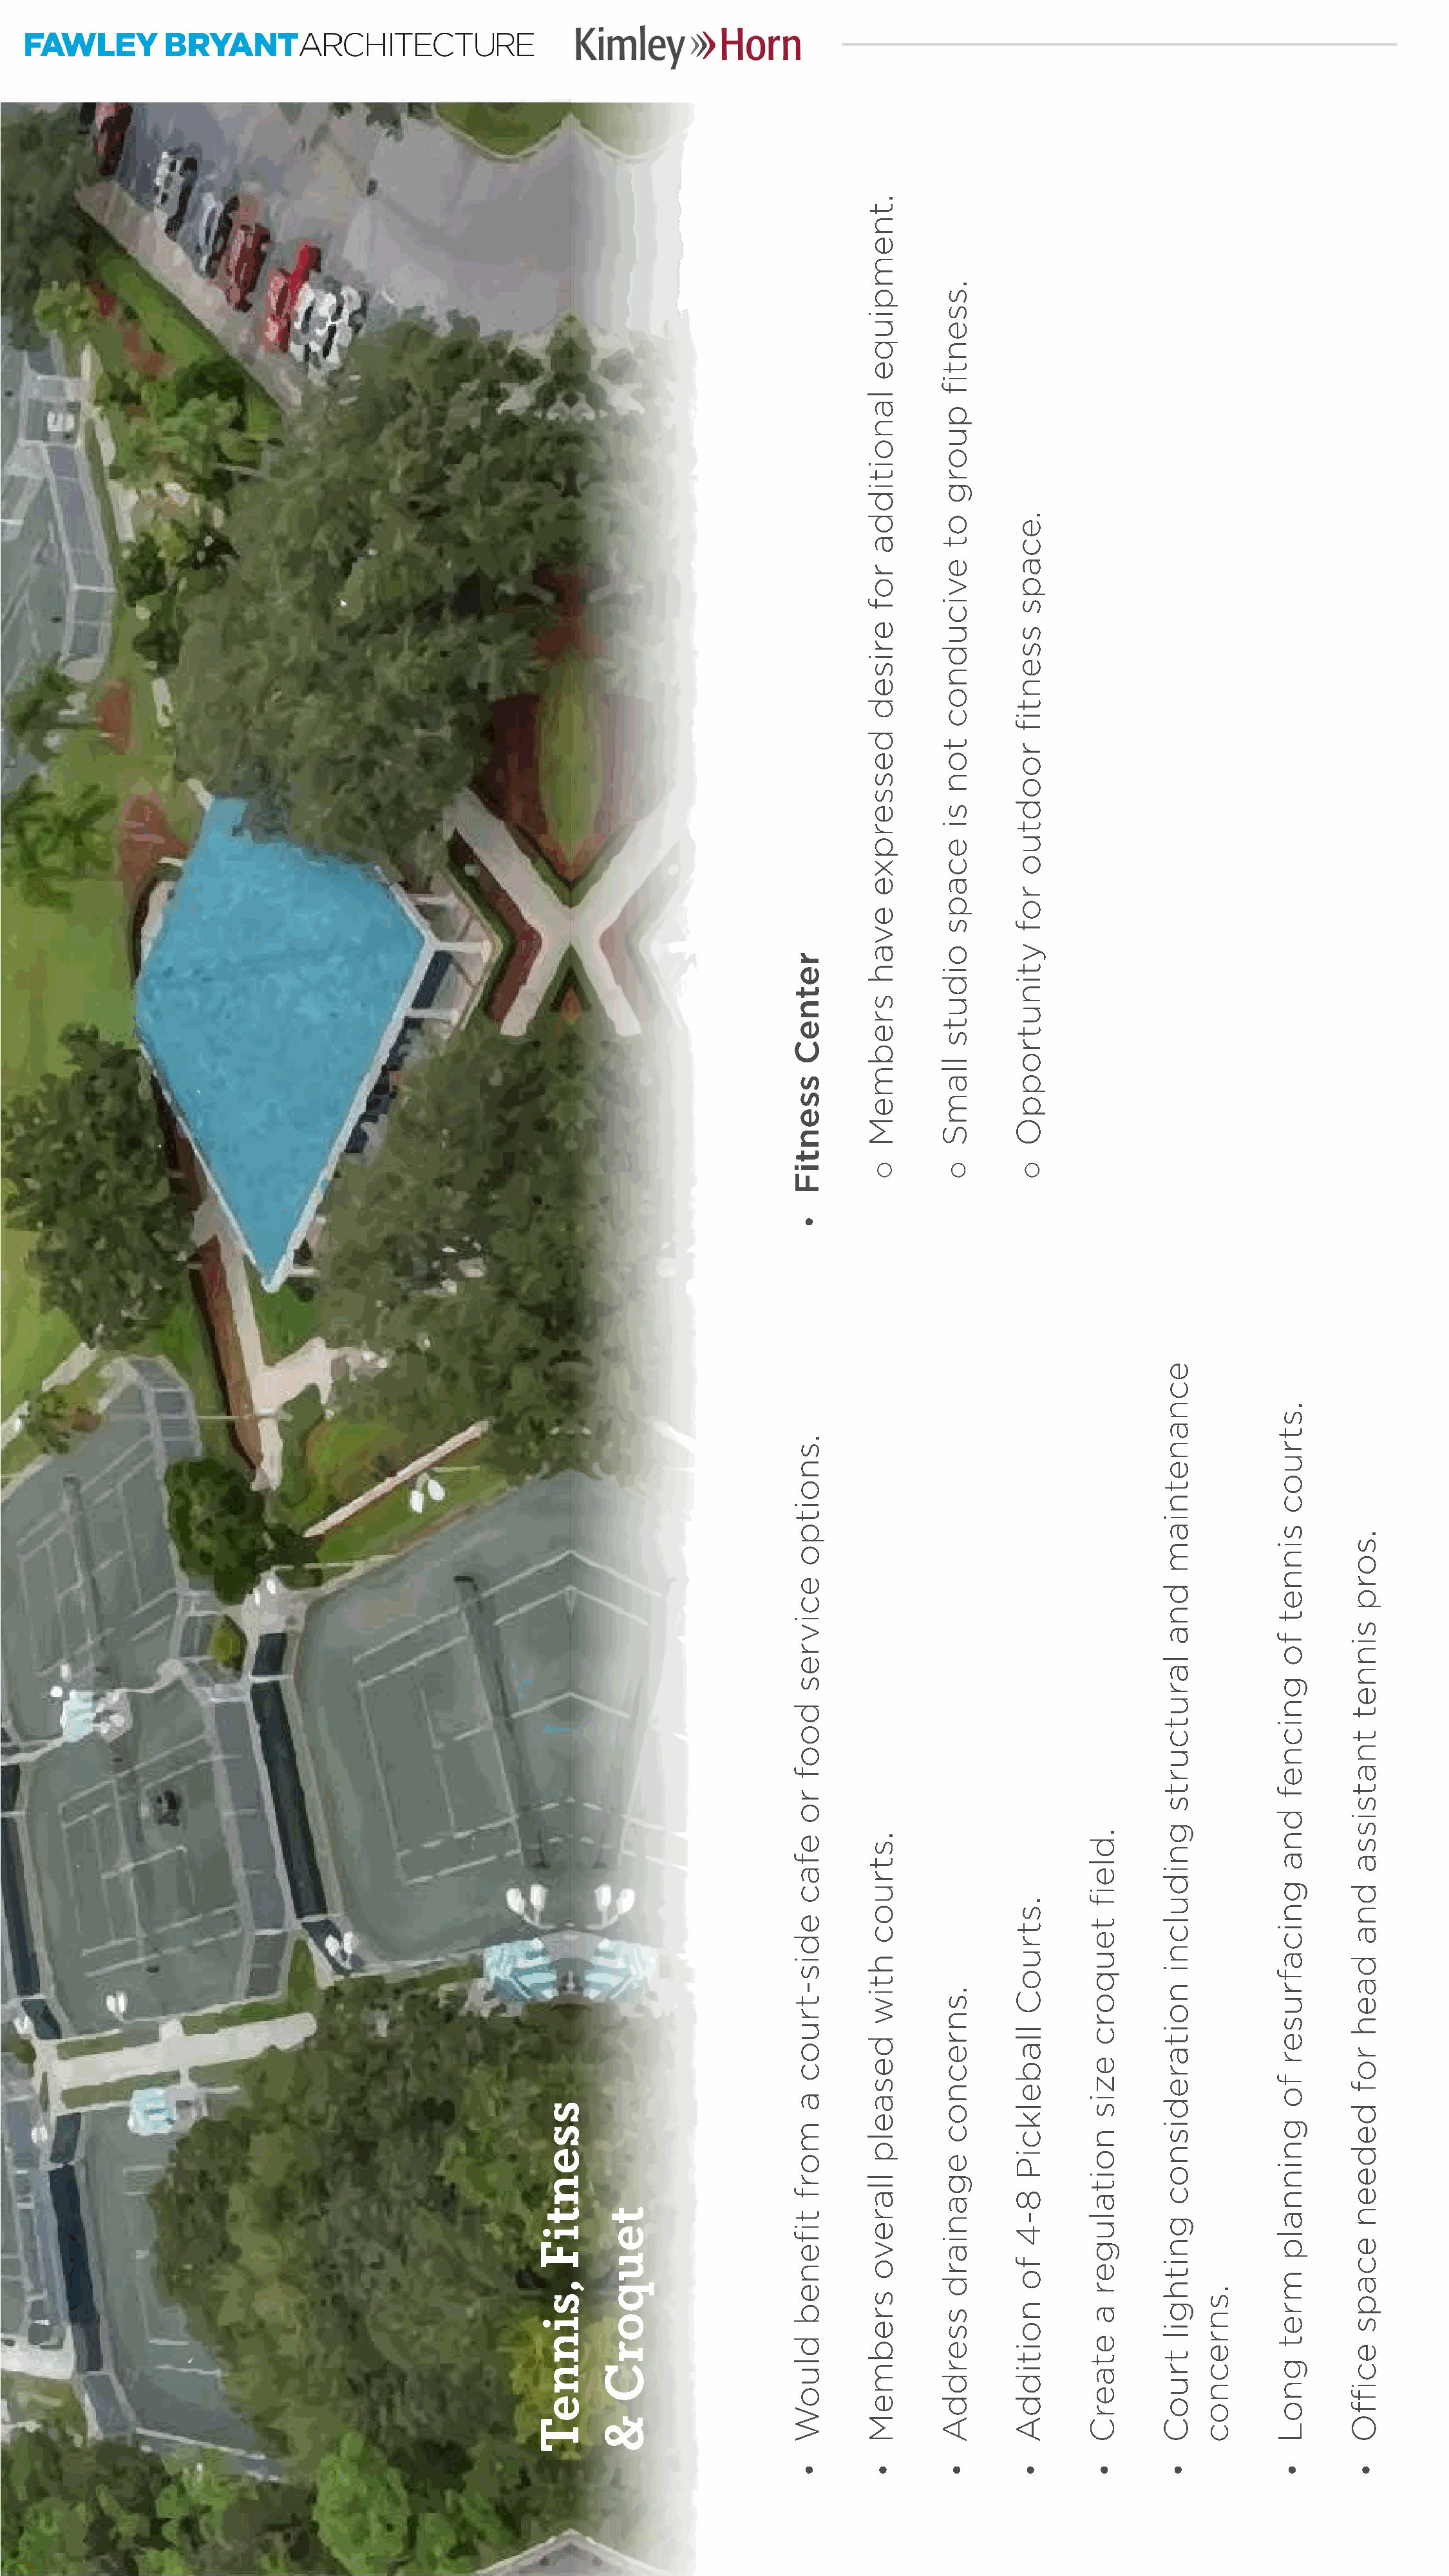
Kimley>>>H        orn
 FAWLEY        BRYANTA         RCHITECTURE
 ssentiF
 ,sinneT
 teuqorC
 &
 retneC
 ssentiF
 •
 .snoitpo
 ecivres
 doof
 ro
 efac
 edis-truoc
 a
 morf
 tifeneb
 dluoW
 •
 .tnempiuqe
 lanoitidda
 rof
 erised
 desserpxe
 evah
 srebmeM
 ◦
 .struoc
 htiw
 desaelp
 llarevo
 srebmeM
 •
 .ssentif
 puorg
 ot
 evicudnoc
 ton
 si
 ecaps
 oiduts
 llamS
 ◦
 .snrecnoc
 eganiard
 sserddA
 •
 .ecaps
 ssentif
 roodtuo
 rof
 ytinutroppO
 ◦
 .struoC
 llabelkciP
 8-4
 fo
 noitiddA
 •
 .dleif
 teuqorc
 ezis
 noitaluger
 a
 etaerC
 •
 ecnanetniam
 dna
 larutcurts
 gnidulcni
 noitaredisnoc
 gnithgil
 truoC
 •
 .snrecnoc
 .struoc
 sinnet
 fo
 gnicnef
 dna
 gnicafruser
 fo
 gninnalp
 mret
 gnoL
 •
 .sorp
 sinnet
 tnatsissa
 dna
 daeh
 rof
 dedeen
 ecaps
 eciffO
 •